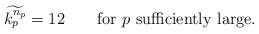
LaTeX: \begin{align*}\widetilde{k_p^{n_p}}=12 \qquad\mbox{for $p$ sufficiently large.}\end{align*}